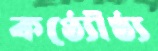
কণ্ঠ্যৌষ্ঠ্য